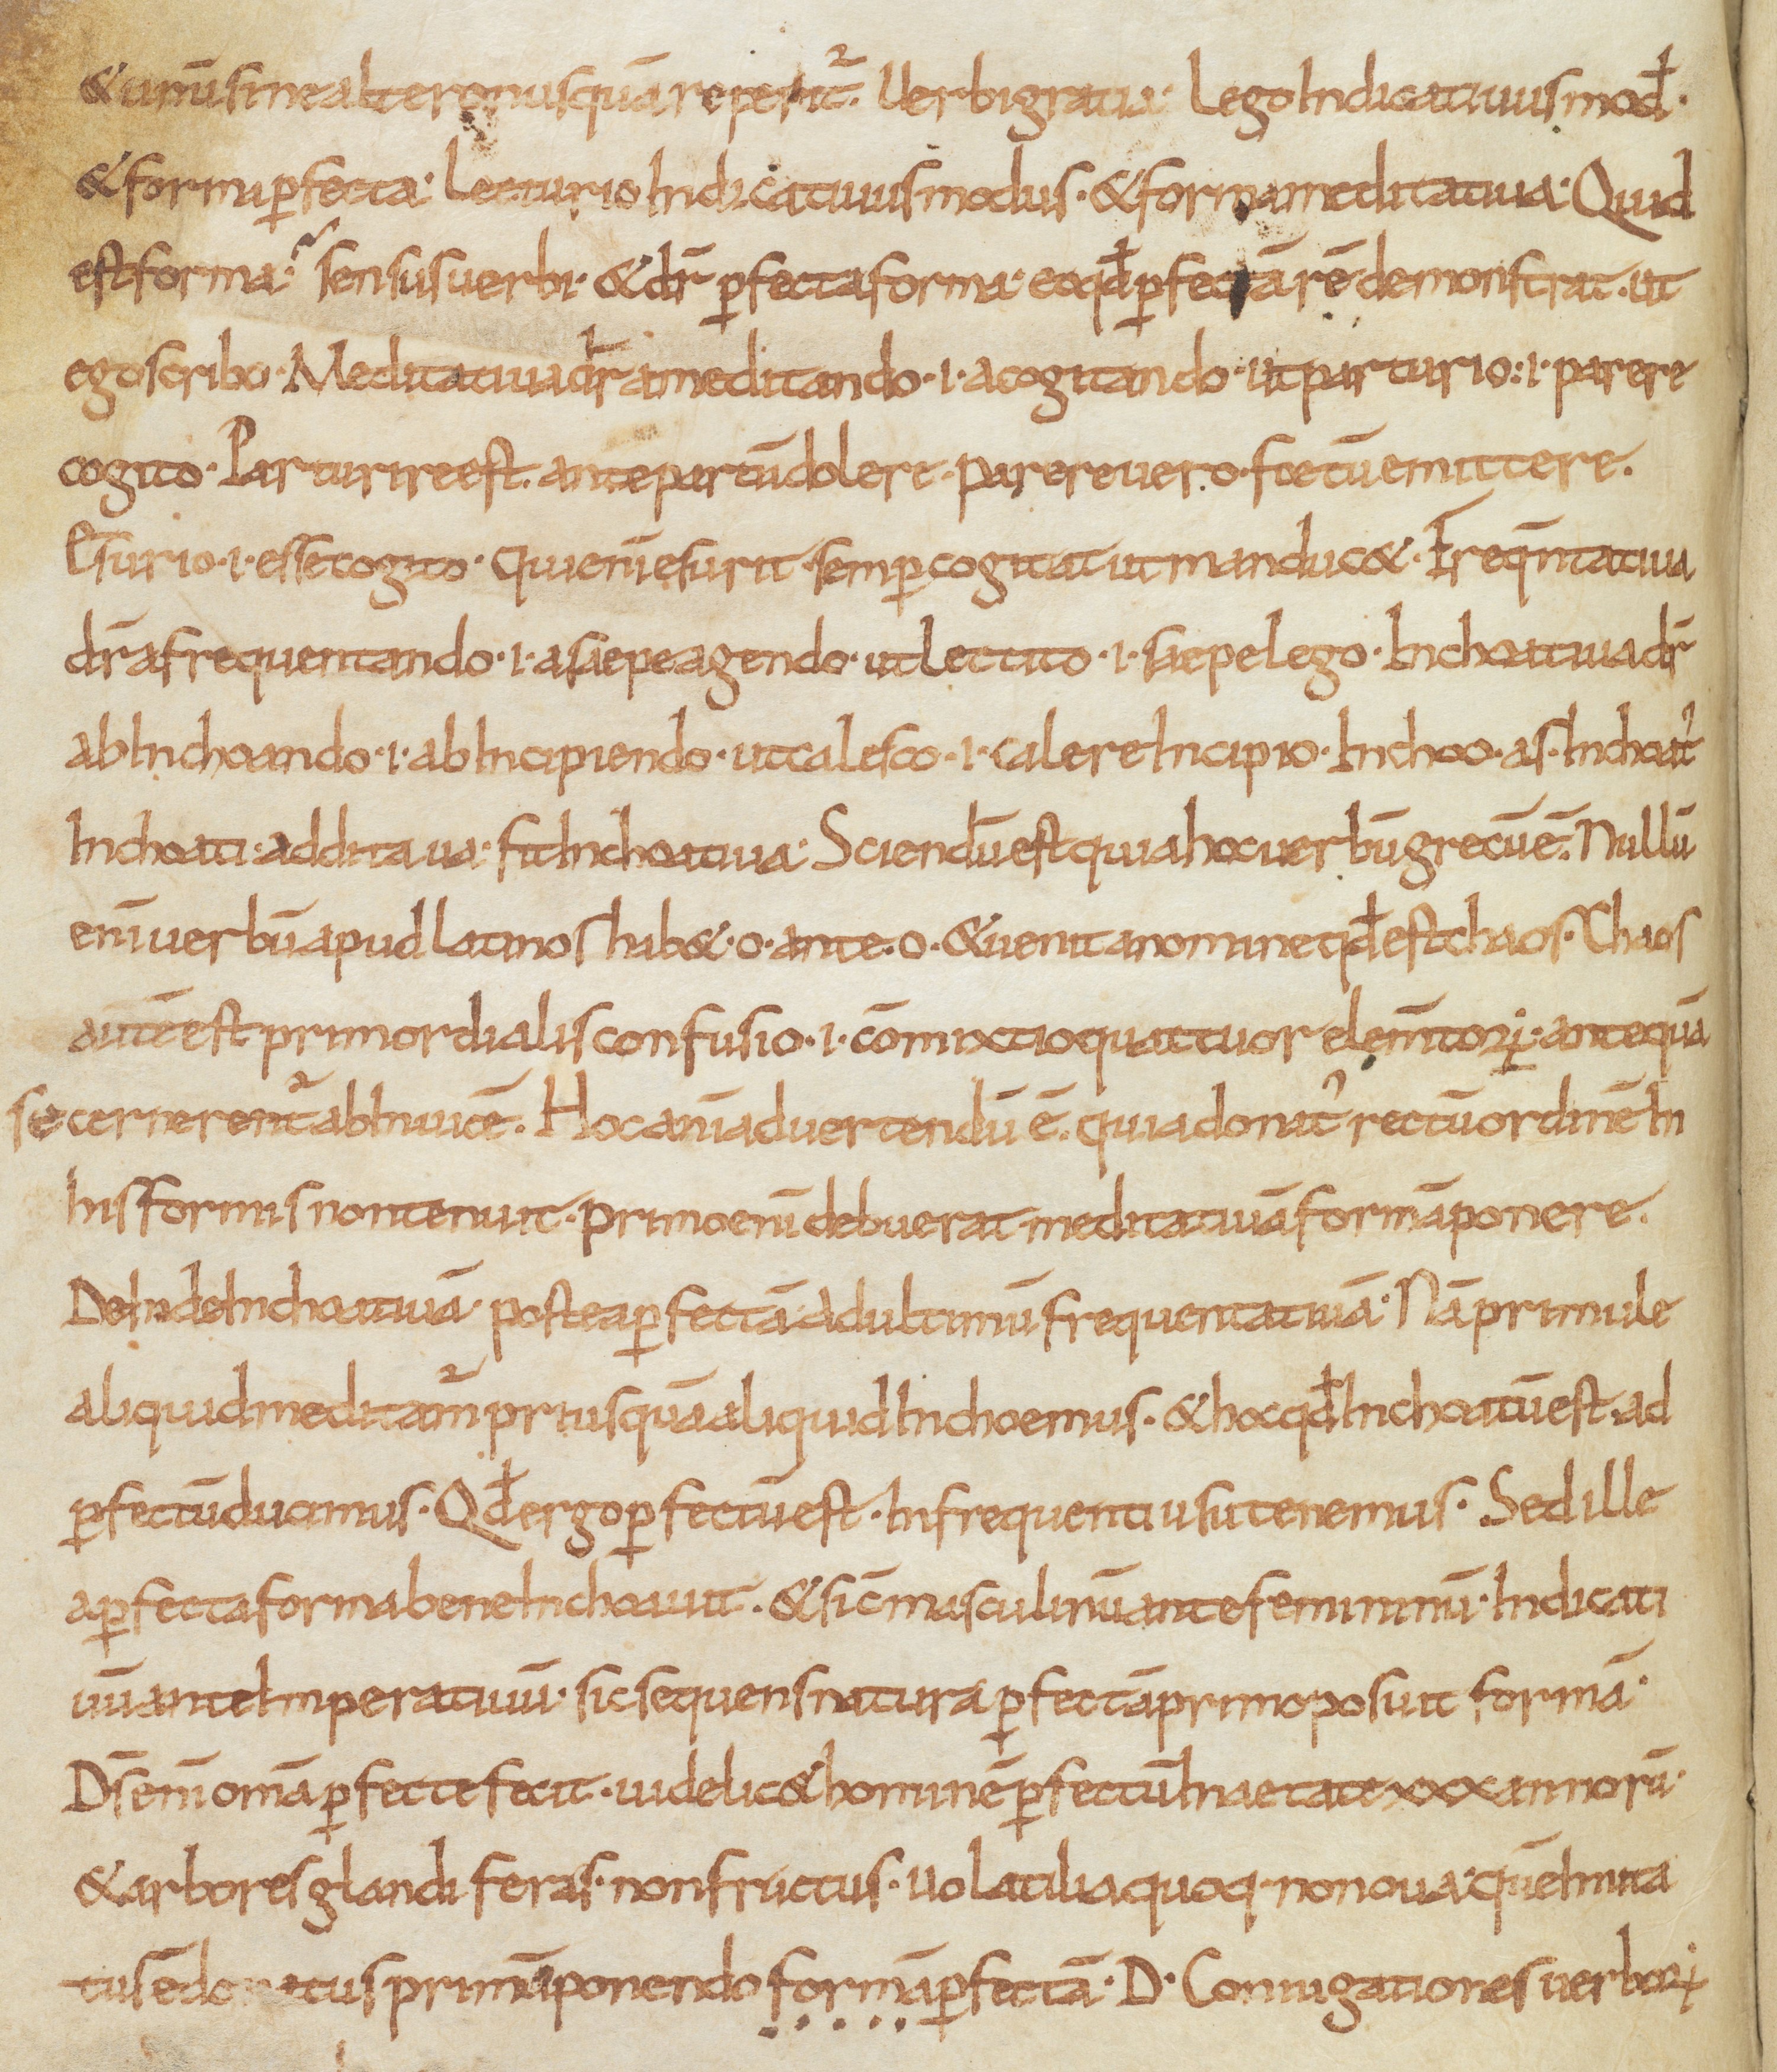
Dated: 866–899